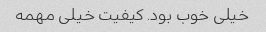
خیلی خوب بود. کیفیت خیلی مهمه